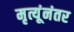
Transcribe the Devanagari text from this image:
मृत्यूंनंतर